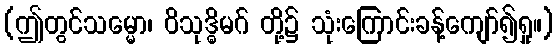
(ဤတွင်သမ္မော၊ ဝိသုဒ္ဓိမဂ် တို့၌ သုံးကြောင်းခန့်ကျော်၍ရှု။)